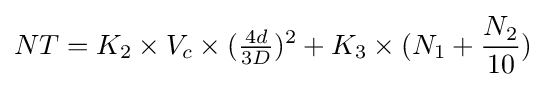
NT=K_{2}\times V_{c}\times ({\tfrac {4d}{3D}})^{2}+K_{3}\times (N_{1}+{\frac {N_{2}}{10}})